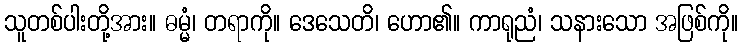
သူတစ်ပါးတို့အား။ ဓမ္မံ၊ တရာကို။ ဒေသေတိ၊ ဟော၏။ ကာရုညံ၊ သနားသော အဖြစ်ကို။